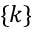
\{ k \}